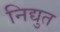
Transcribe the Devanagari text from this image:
निद्युत